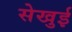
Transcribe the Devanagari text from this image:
सेखुई